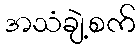
အသံချဲ့စက်